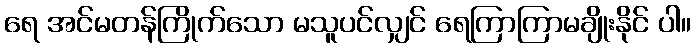
ရေ အင်မတန်ကြိုက်သော မသူပင်လျှင် ရေကြာကြာမချိုးနိုင် ပါ။